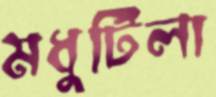
মধুটিলা